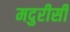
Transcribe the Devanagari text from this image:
मदुरीसी